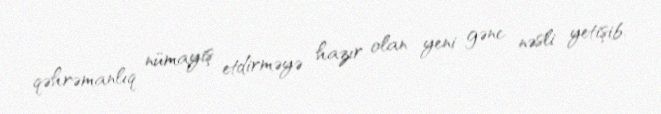
qəhrəmanlıq nümayiş etdirməyə hazır olan yeni gənc nəsli yetişib.